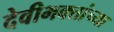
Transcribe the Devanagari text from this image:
देवीभक्तांच्या